Sketch of the medical history of the native army of Bombay, for the year
Year: 1875
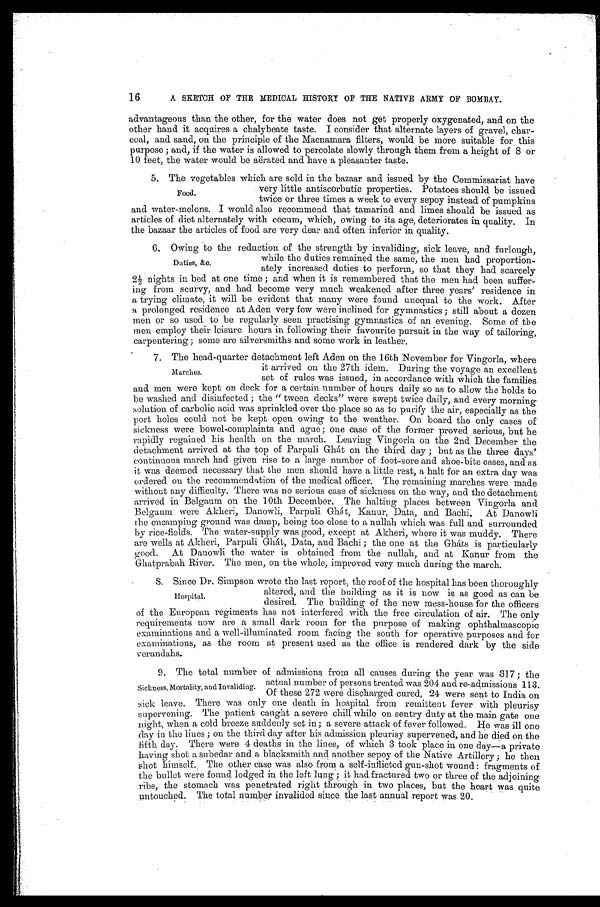
16
A SKETCH OF THE MEDICAL HISTORY OF THE NATIVE ARMY OF BOMBAY.
advantageous than the other, for the water does not get properly oxygenated, and on the
other hand it acquires a chalybeate taste. I consider that alternate layers of gravel, char-
-coal, and sand, on the principle of the Macnamara filters, would be more suitable for this
purpose ; and, if the water is allowed to percolate slowly through them from a height of 8 or
10 feet, the water would be aërated and have a pleasanter taste.
5. The vegetables which are sold in the bazaar and issued by the Commissariat have
very little antiscorbutic properties. Potatoes should be issued
twice or three times a week to every sepoy instead of pumpkins
and water-melons. I would also recommend that tamarind and limes should be issued as
articles of diet alternately with cocum, which, owing to its age, deteriorates in quality. In
the bazaar the articles of food are very dear and often inferior in quality.
6. Owing to the reduction of the strength by invaliding, sick leave, and furlough,
while the duties remained the same, the men had proportion
-
ately increased duties to perform, so that they had scarcely
2½ nights in bed at one time ; and when it is remembered that the men had been suffer--
ing from scurvy, and had become very much weakened after three years' residence in
a trying climate, it will be evident that many were found unequal to the work. After
a prolonged residence at Aden very few were inclined for gymnastics ; still about a dozen
men or so used to be regularly seen practising gymnastics of an evening. Some of the
men employ their leisure hours in following their favourite pursuit in the way of tailoring,
carpentering ; some are silversmiths and some work in leather.
7. The head-quarter detachment left Aden on the 16th November for Vingorla, where
it arrived on the 27th idem. During the voyage an excellent
set of rules was issued, in accordance with which the families
and men were kept on deck for a certain number of hours daily so as to allow the holds to
be washed and disinfected ; the " tween decks" were swept twice daily, and every morning
solution of carbolic acid was sprinkled over the place so as to purify the air, especially as the
port holes could not be kept open owing to the weather. On board the only cases of
sickness were bowel-complaints and ague ; one case of the former proved serious, but he
rapidly regained his health on the march. Leaving Vingorla on the 2nd December the
detachment arrived at the top of Parpuli Ghát on the third day ; but as the three days'
continuous march had given rise to a large number of foot-sore and shoe-bite cases, and as
it was deemed necessary that the men should have a little rest, a halt for an extra day was
ordered on the recommendation of the medical officer. The remaining marches were made
without any difficulty. There was no serious case of sickness on the way, and the detachment
arrived in Belgaum on the 10th December. The halting places between Vingorla and
Belgaum were Akheri, Danowli, Parpuli Ghát, Kanur, Data, and Bachi. At Danowli
the encamping ground was damp, being too close to a nullah which was full and surrounded
by rice-fields. The water-supply was good, except at Akheri, where it was muddy. There
are wells at Akheri, Parpuli Ghát, Data, and Bachi ; the one at the Ghá ts is particularly
good. At Danowli the water is obtained from the nullah, and at Kanur from the
Ghatprabah River. The men, on the whole, improved very much during the march.
8. Since Dr. Simpson wrote the last report, the roof of the hospital has been thoroughly
altered, and the building as it is now is as good as can be
desired. The building of the new mess-house for the officers
of the European regiments has not interfered with the free circulation of air. The only
requirements now are a small dark room for the purpose of making ophthalmascopic
examinations and a well-illuminated room facing the south for operative purposes and for
examinations, as the room at present used as the office is rendered dark by the side
verandahs.
9. The total number of admissions from all causes during the year was 317 ; the
actual number of persons treated was 204 and re-admissions 113.
Of these 272 were discharged cured, 24 were sent to India on
sick leave. There was only one death in hospital from remittent fever with pleurisy
supervening. The patient caught a severe chill while on sentry duty at the main gate one
night, when a cold breeze suddenly set in ; a severe attack of fever followed. He was ill one
day in the lines ; on the third day after his admission pleurisy supervened, and he died on the
fifth day. There were 4 deaths in the lines, of which 3 took place in one day—a private
having shot a subedar and a blacksmith and another sepoy of the Native Artillery ; he then
shot himself. The other case was also from a self-inflicted gun-shot wound: fragments of
the bullet were found lodged in the left lung ; it had fractured two or three of the adjoining
ribs, the stomach was penetrated right through in two places, but the heart was quite
untouched. The total number invalided since the last annual report was 20.
Food.
Duties, &c.
Marches.
Hospital.
Sickness, Mortality, and Invaliding.